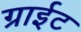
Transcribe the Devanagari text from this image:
ग्राईट